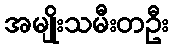
အမျိုးသမီးတဦး